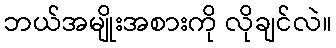
ဘယ်အမျိုးအစားကို လိုချင်လဲ။